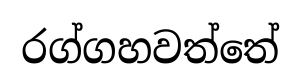
රග්ගහවත්තේ